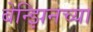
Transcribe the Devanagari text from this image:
बेन्झिनच्या